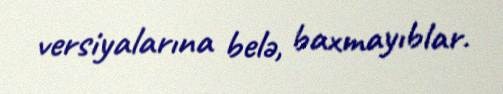
versiyalarına belə, baxmayıblar.